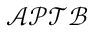
\mathcal { A P T B }